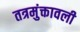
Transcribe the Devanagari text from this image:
तत्रमुंक्तावली